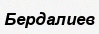
Бердалиев